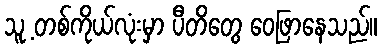
သူ့ တစ်ကိုယ်လုံးမှာ ပီတိတွေ ဝေဖြာနေသည်။